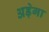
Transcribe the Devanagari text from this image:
अड़ेगा